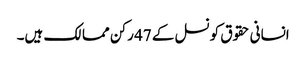
انسانی حقوق کونسل کے 47 رکن ممالک ہیں۔